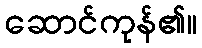
ဆောင်ကုန်၏။